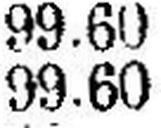
99.60